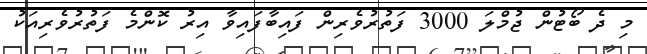
މި ދެ ބޯޓުން ޖުމްލަ 3000 ފަތުރުވެރިން ފައިބާފައިވާ އިރު ކޮންމެ ފަތުރުވެރިއަކު